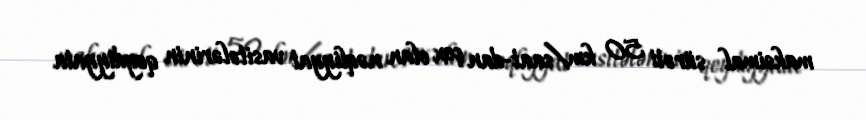
maksimal sürəti 50 km/saat-dan çox olan nəqliyyat vasitələrinin qeydiyyata